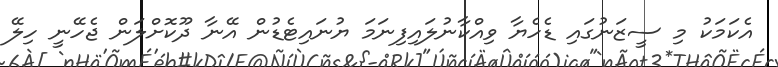
އެކަމަކު މި ސީޒަނުގައި ޑެހެޔާ ވިއްކާނުލައިފިނަމަ ޔުނައިޓެޑުން އޭނާ ދޫކޮށްލަން ޖެހޭނީ ހިލޭ